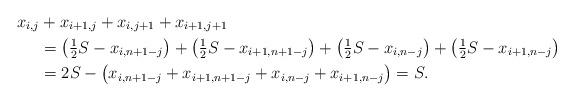
LaTeX: \begin{align*}x_{i,j} &+ x_{i+1,j} + x_{i,j+1} + x_{i+1,j+1} \\&= \bigl( \tfrac{1}{2} S - x_{i, n+1-j} \bigr)+ \bigl( \tfrac{1}{2} S - x_{i+1, n+1-j} \bigr)+ \bigl( \tfrac{1}{2} S - x_{i, n-j} \bigr) + \bigl( \tfrac{1}{2} S - x_{i+1, n-j} \bigr) \\&= 2S - \bigl( x_{i, n+1-j} + x_{i+1, n+1-j} + x_{i, n-j} + x_{i+1, n-j} \bigr) =S.\end{align*}